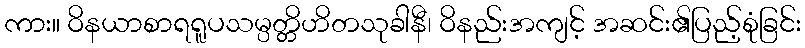
ကား။ ဝိနယာစာရရူပသမ္ပတ္တိဟိတသုခါနီ၊ ဝိနည်းအကျင့် အဆင်း၏ပြည့်စုံခြင်း